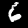
Digit: 6